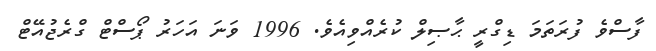
ފާސްވެ ފުރަތަމަ ޑިގްރީ ޙާޞިލް ކުރެއްވިއެވެ. 1996 ވަނަ އަހަރު ޕޯސްޓް ގްރެޖުއޭޓް